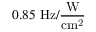
0 . 8 5 ~ \mathrm { H z / \frac { W } { c m ^ { 2 } } }